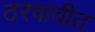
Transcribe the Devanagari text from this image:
ठरवावीत